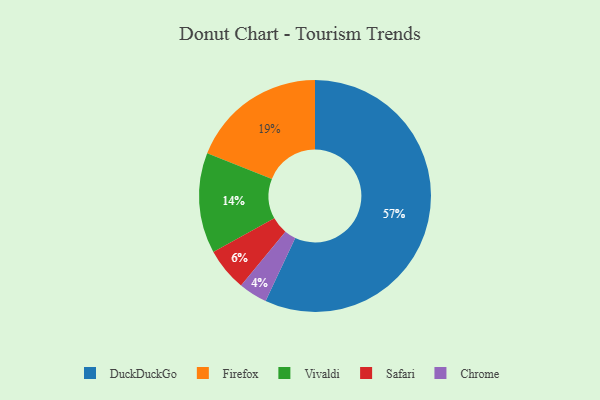
{"axis": {"x": "Category", "y": "Percentage"}, "legend": ["Chrome", "DuckDuckGo", "Firefox", "Safari", "Vivaldi"], "data": [{"x": "DuckDuckGo", "y": 57, "type": "DuckDuckGo"}, {"x": "Firefox", "y": 19, "type": "Firefox"}, {"x": "Safari", "y": 6, "type": "Safari"}, {"x": "Vivaldi", "y": 14, "type": "Vivaldi"}, {"x": "Chrome", "y": 4, "type": "Chrome"}]}